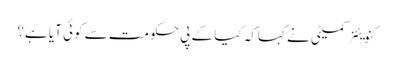
کنویئنر کمیٹی نے کہاکہ کیا کے پی حکومت سے کوئی آیا ہے؟